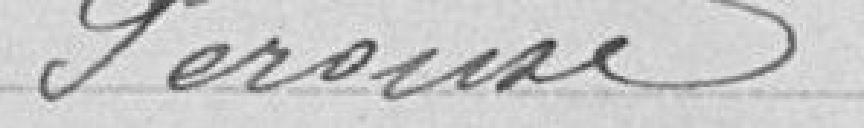
Perouse